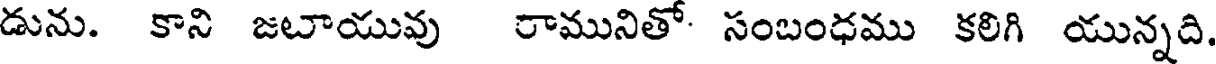
డును. కాని జటాయువు రామునితో సంబంధము కలిగి యున్నది.